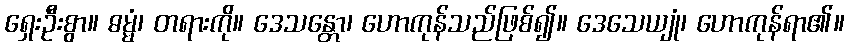
ရှေးဦးစွာ။ ဓမ္မံ၊ တရားကို။ ဒေသန္တော၊ ဟောကုန်သည်ဖြစ်၍။ ဒေသေယျုံ၊ ဟောကုန်ရာ၏။